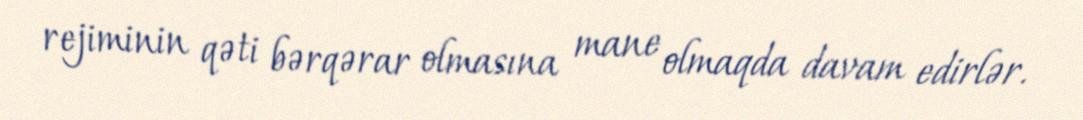
rejiminin qəti bərqərar olmasına mane olmaqda davam edirlər.